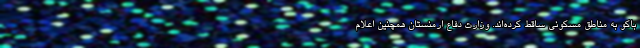
باکو به مناطق مسکونی ساقط کرده‌اند. وزارت دفاع ارمنستان همچنین اعلام